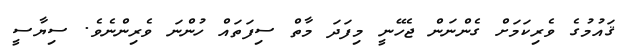
ޤައުމުގެ ވެރިކަމަށް ގެންނަން ޖެހޭނީ މިފަދަ މާތް ސިފަތައް ހުންނަ ވެރިންނެވެ. ސިޔާސީ